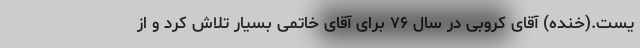
یست.(خنده) آقای کروبی در سال ۷۶ برای آقای خاتمی بسیار تلاش کرد و از